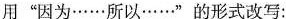
用”因为……所以……”的形式改写：